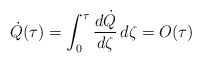
\begin{align*}\dot Q(\tau) = \int_0^\tau \frac{d \dot Q}{d \zeta} \, d\zeta = O(\tau)\end{align*}